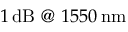
1 \, \mathrm { d B } \ @ \ 1 5 5 0 \, \mathrm { n m }